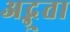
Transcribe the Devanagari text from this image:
अद्भुता